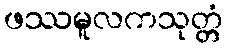
ဖဿမူလကသုတ္တံ